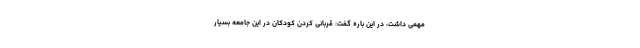
مهمی داشت، در این باره گفت: قربانی کردن کودکان در این جامعه بسیار